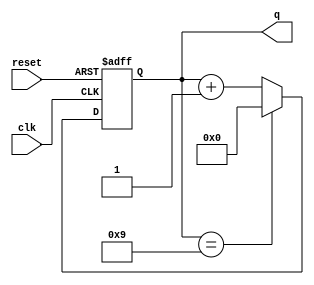
module bcd_async_counter (
    input wire clk,          // Clock input
    input wire reset,        // Asynchronous reset
    output reg [3:0] q       // 4-bit output for BCD value
);

// Asynchronous reset and counter logic
always @(posedge clk or posedge reset) begin
    if (reset) begin
        q <= 4'b0000;       // Reset the counter to 0
    end else begin
        if (q == 4'b1001) begin
            q <= 4'b0000;   // Reset to 0 when reaching 10 (1010)
        end else begin
            q <= q + 1;     // Increment the counter
        end
    end
end

endmodule